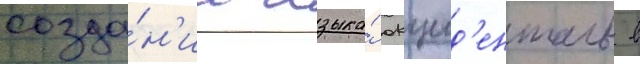
созда́н'ии языка́ окцид'енталь в